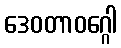
ဒေဝတာဝဂ္ဂေါ